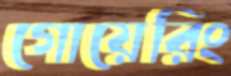
গোয়েরিং